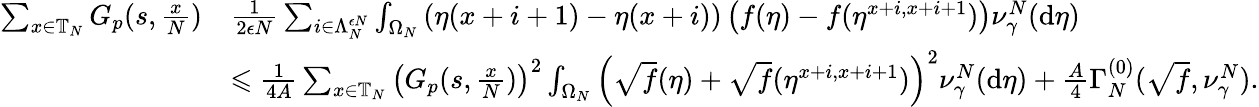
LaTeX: \begin{array}{rl}{\sum_{x\in\mathbb{T}_{N}}G_{p}(s,\frac{x}{N})}&{\frac{1}{2\epsilon N}\sum_{i\in\Lambda_{N}^{\epsilon N}}\int_{\Omega_{N}}\left(\eta(x+i+1)-\eta(x+i)\right)\left(f(\eta)-f(\eta^{x+i,x+i+1})\right)\nu_{\gamma}^{N}(\mathrm{d}\eta)}\\ &{\leqslant\frac{1}{4A}\sum_{x\in\mathbb{T}_{N}}\left(G_{p}(s,\frac{x}{N})\right)^{2}\int_{\Omega_{N}}\left(\sqrt{f}(\eta)+\sqrt{f}(\eta^{x+i,x+i+1})\right)^{2}\nu_{\gamma}^{N}(\mathrm{d}\eta)+\frac{A}{4}\Gamma_{N}^{(0)}(\sqrt{f},\nu_{\gamma}^{N}).}\end{array}